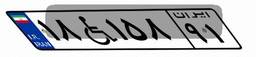
۴۱W۳۲۴۴۷